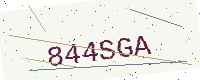
Text: 844SGA